Vaccination in Bombay 1913-1923 - 1913-1923
Year: 1913
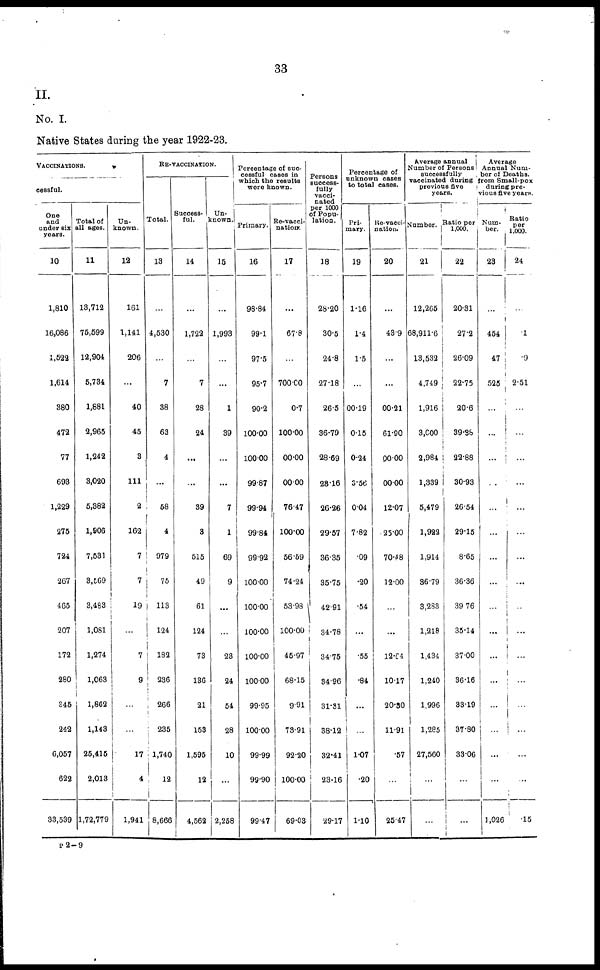
33
II.
No. I.
Native States during the year 1922-23.
VACCINATIONS.
cessful.
One
and
under six
years.
10
1,810
16,086
1,522
1,614
380
472
77
693
1,229
275
724
267
465
207
172
280
345
242
6,057
622
33,539
Total of
all ages.
11
13,712
75,599
12,904
5,734
1,881
2,965
1,242
3,020
5,382
1,806
7,531
3,569
3,483
1,081
1,274
1,063
1,862
1,143
25,415
2,013
1,72,779
Un-
known.
12
161
1,141
206
...
40
45
3
111
2
162
7
7
19
...
7
9
...
...
17
4
1,941
RE-VACCINATION.
Total.
13
...
4,530
...
7
38
63
4
...
58
4
979
75
113
124
182
236
266
235
1,740
12
8,666
Success-
ful.
14
...
1,722
...
7
28
24
...
...
39
3
515
49
61
124
73
136
21
153
1,595
12
4,562
Un¬
known.
15
...
1,993
...
...
1
39
...
...
7
1
69
9
...
...
23
24
54
28
10
...
2,258
Percentage of suc-
cessful cases in
which the results
were known.
Primary.
16
98.84
99.1
97.5
95.7
90.2
100.00
100.00
99.87
99.94
99.84
99.92
100.00
100.00
100.00
100.00
100.00
99.95
100.00
99.99
99.90
99.47
Re-vacci¬
nation.
17
...
67.8
...
700.00
0.7
100.00
00.00
00.00
76.47
100.00
56.59
74.24
53.98
100.00
45.97
68.15
9.91
73.91
92.20
100.00
69.03
Persons
success-
fully
vacci-
nated
per 1000
of Popu-
lation.
18
28.20
30.5
24.8
27.18
26.5
36.79
28.69
28.16
26.26
29.57
36.35
35.75
42.91
34.78
34.75
34.96
31.31
38.12
32.41
23.16
29.17
Percentage of
unknown cases
to total cases.
Pri-
mary.
19
1.16
1.4
1.5
...
00.19
0.15
0.24
3.56
0.04
7.82
.09
.20
.54
...
.55
.84
...
...
1.07
.20
1.10
Re-vacci¬
nation.
20
...
43.9
...
...
00.21
61.90
00.00
00.00
12.07
25.00
70.48
12.00
...
...
12.64
10.17
20.30
11.91
.57
...
25.47
Average annual
Number of Persons
successfully
vaccinated during
previous five
years.
Number.
21
12,265
68,911.6
13,532
4,749
1,916
3.000
2,984
1,339
5,479
1,922
1,914
36.79
3,283
1,218
1,434
1,240
1,996
1,285
27,560
...
...
Ratio per
1,000.
22
20.31
27.2
26.09
22.75
20.6
39.38
22.88
30.93
26.54
29.15
8.65
36.36
39.76
35.14
37.00
36.16
33.19
37.80
33.06
...
...
Average
Annual Num-
ber of Deaths,
from Small-pox
during pre-
vious five years.
Num¬
ber.
23
...
454
47
525
...
...
...
...
...
...
...
...
...
...
...
...
...
...
...
...
1,026
Ratio
per
1,000.
24
...
.1
.9
2.51
...
...
...
...
...
...
...
...
...
...
...
...
...
...
...
...
.15
P 2—9